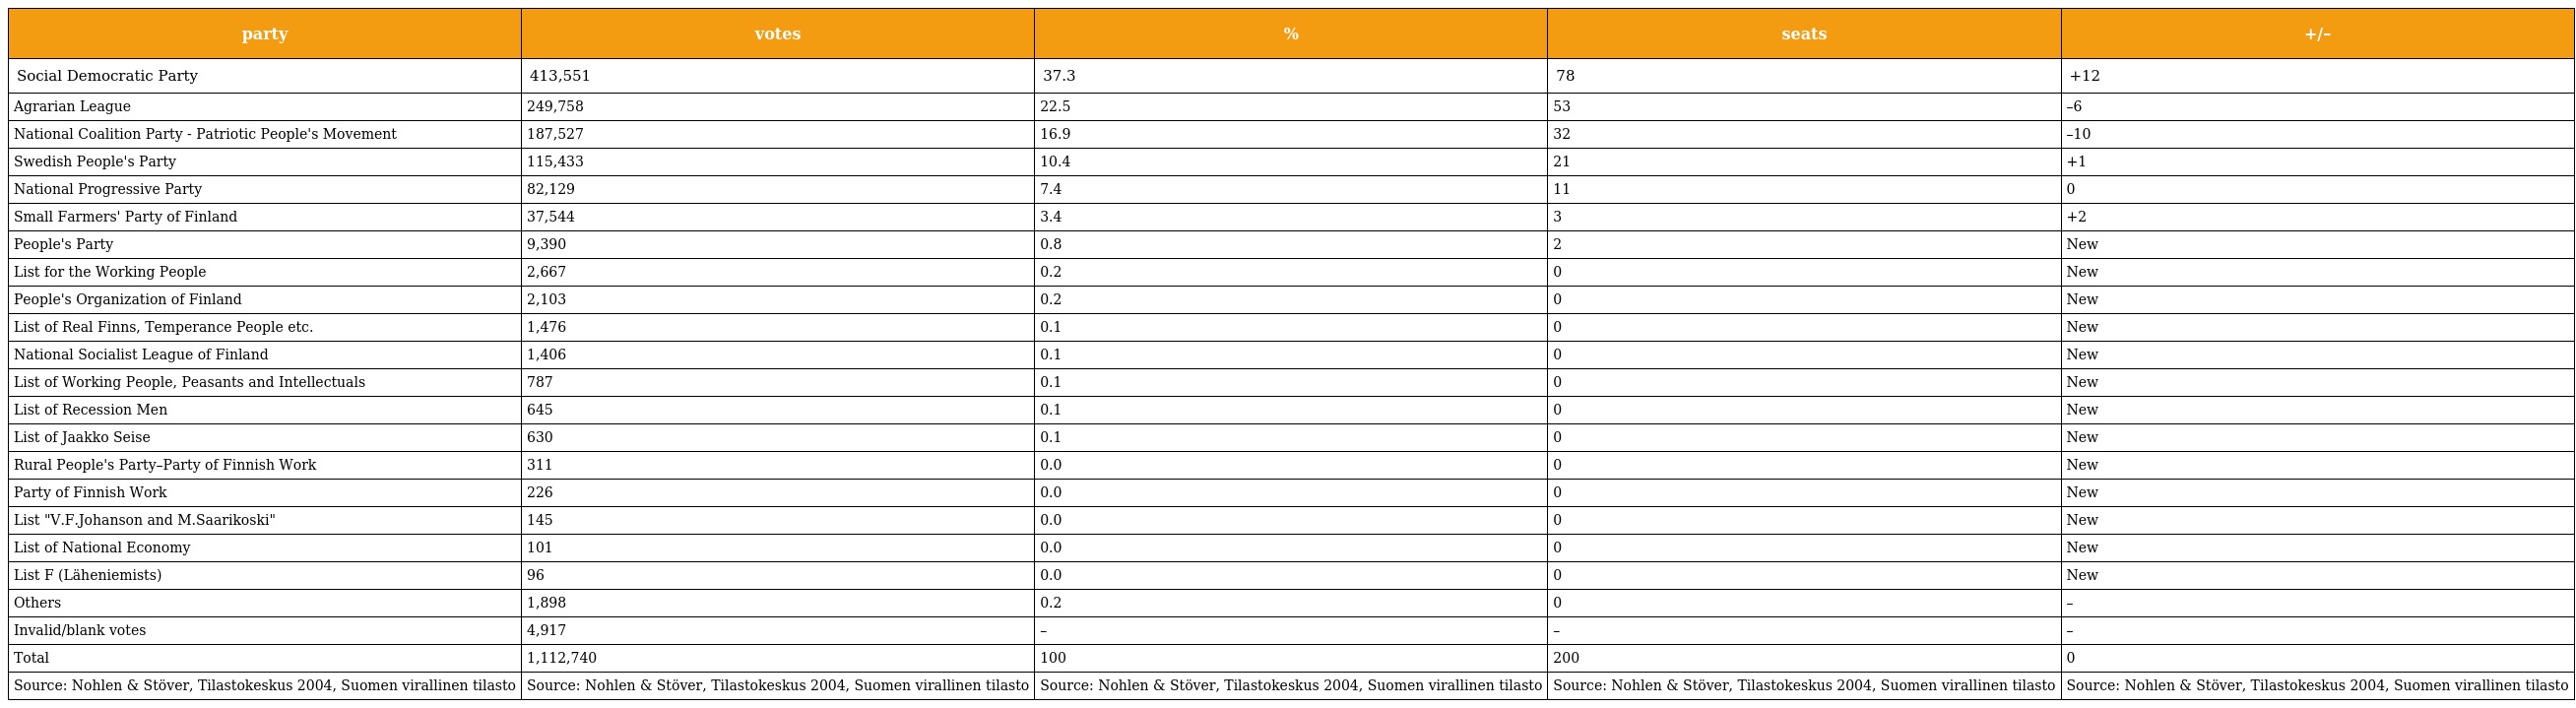
| party | votes | % | seats | +/– |
 | --- | --- | --- | --- | --- |
 | Social Democratic Party | 413,551 | 37.3 | 78 | +12 |
 | Agrarian League | 249,758 | 22.5 | 53 | –6 |
 | National Coalition Party - Patriotic People's Movement | 187,527 | 16.9 | 32 | –10 |
 | Swedish People's Party | 115,433 | 10.4 | 21 | +1 |
 | National Progressive Party | 82,129 | 7.4 | 11 | 0 |
 | Small Farmers' Party of Finland | 37,544 | 3.4 | 3 | +2 |
 | People's Party | 9,390 | 0.8 | 2 | New |
 | List for the Working People | 2,667 | 0.2 | 0 | New |
 | People's Organization of Finland | 2,103 | 0.2 | 0 | New |
 | List of Real Finns, Temperance People etc. | 1,476 | 0.1 | 0 | New |
 | National Socialist League of Finland | 1,406 | 0.1 | 0 | New |
 | List of Working People, Peasants and Intellectuals | 787 | 0.1 | 0 | New |
 | List of Recession Men | 645 | 0.1 | 0 | New |
 | List of Jaakko Seise | 630 | 0.1 | 0 | New |
 | Rural People's Party–Party of Finnish Work | 311 | 0.0 | 0 | New |
 | Party of Finnish Work | 226 | 0.0 | 0 | New |
 | List "V.F.Johanson and M.Saarikoski" | 145 | 0.0 | 0 | New |
 | List of National Economy | 101 | 0.0 | 0 | New |
 | List F (Läheniemists) | 96 | 0.0 | 0 | New |
 | Others | 1,898 | 0.2 | 0 | – |
 | Invalid/blank votes | 4,917 | – | – | – |
 | Total | 1,112,740 | 100 | 200 | 0 |
 | Source: Nohlen & Stöver, Tilastokeskus 2004, Suomen virallinen tilasto | Source: Nohlen & Stöver, Tilastokeskus 2004, Suomen virallinen tilasto | Source: Nohlen & Stöver, Tilastokeskus 2004, Suomen virallinen tilasto | Source: Nohlen & Stöver, Tilastokeskus 2004, Suomen virallinen tilasto | Source: Nohlen & Stöver, Tilastokeskus 2004, Suomen virallinen tilasto |